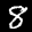
Label: 8